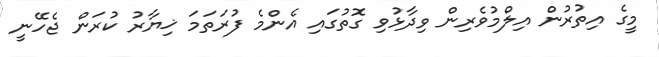
މީގެ އިތުރުން އިލްމުވެރިން ވިދާޅުވި ގޮތުގައި އެންމެ ފުރަތަމަ ޚިޔާރު ކުރަން ޖެހޭނީ